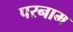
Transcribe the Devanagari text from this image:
परनाम